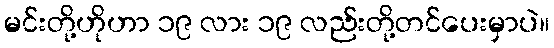
မင်းတို့ဟိုဟာ ၁၉ လား ၁၉ လည်းတို့တင်ပေးမှာပဲ။